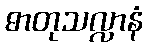
ဓာတုသလ္လာနံ